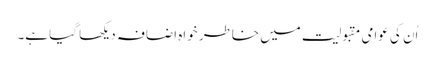
اُن کی عوامی مقبولیت میں خاطر خواہ اضافہ دیکھا گیا ہے۔